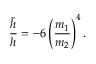
\frac { \tilde { h } } { h } = - 6 \left( \frac { m _ { 1 } } { m _ { 2 } } \right) ^ { 4 } .